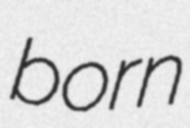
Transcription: born